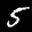
Label: 5